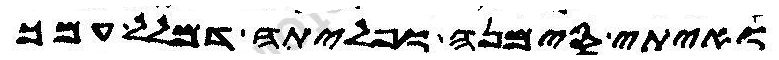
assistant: ואיתי סימנה ופליתה דמלל עמך